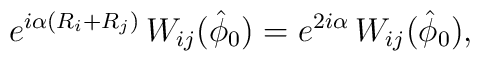
e^{i \alpha \left( R_i +R_j\right)}\,W_{ij} (\hat  \phi_0 ) = e^{2 i \alpha }\,W_{ij} (\hat  \phi_0 ),